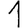
Digit: 1